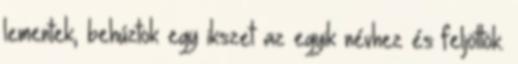
lementek, behúztok egy ikszet az egyik névhez és feljöttök.